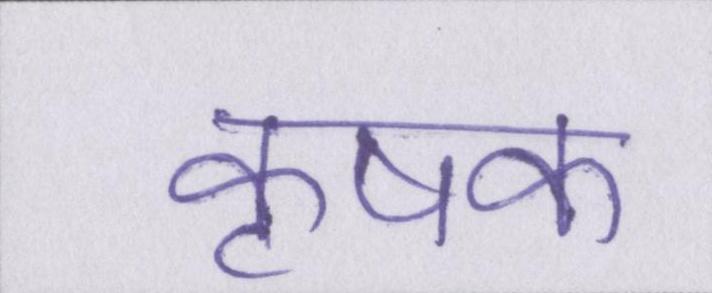
कृषक